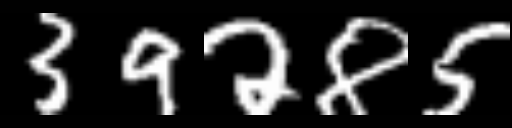
Text: 39285